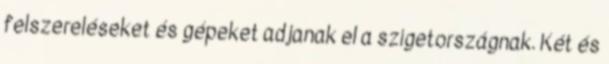
felszereléseket és gépeket adjanak el a szigetországnak. Két és